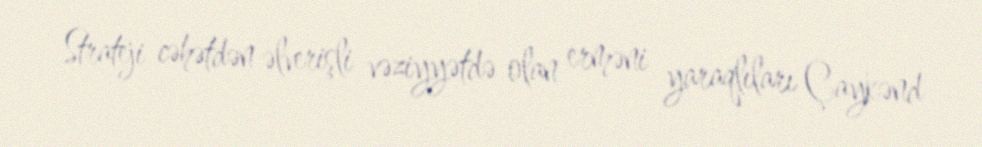
Strateji cəhətdən əlverişli vəziyyətdə olan erməni yaraqlıları Çaykənd